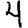
Digit: 4